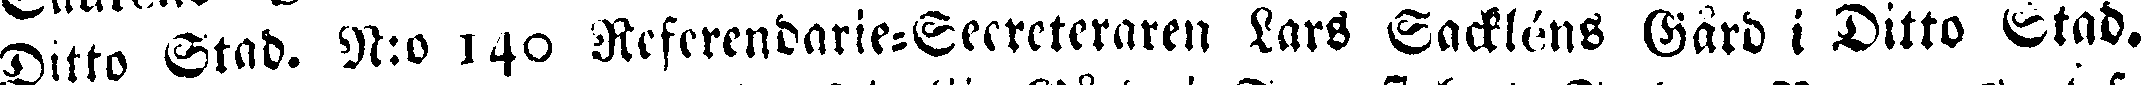
Ditto Stad. N:o 140 Referandarie-Secreteraren Lars Sackléns Gård i Ditto Stad.